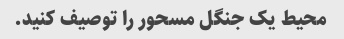
محیط یک جنگل مسحور را توصیف کنید.